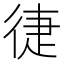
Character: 徢